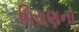
ધિરાણના